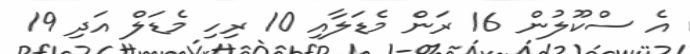
އެ ސްކޫލުން 16 ރަން މެޑަލާއި 10 ރިހި މެޑަލް އަދި 19